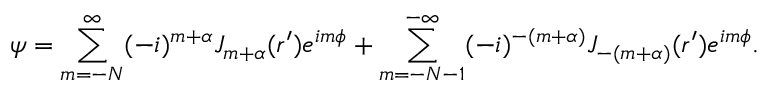
\psi = \sum _ { m = - N } ^ { \infty } ( - i ) ^ { m + \alpha } J _ { m + \alpha } ( r ^ { \prime } ) e ^ { i m \phi } + \sum _ { m = - N - 1 } ^ { - \infty } ( - i ) ^ { - ( m + \alpha ) } J _ { - ( m + \alpha ) } ( r ^ { \prime } ) e ^ { i m \phi } .